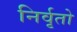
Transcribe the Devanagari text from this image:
निर्वृतो